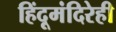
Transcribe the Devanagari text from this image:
हिंदूमंदिरेही